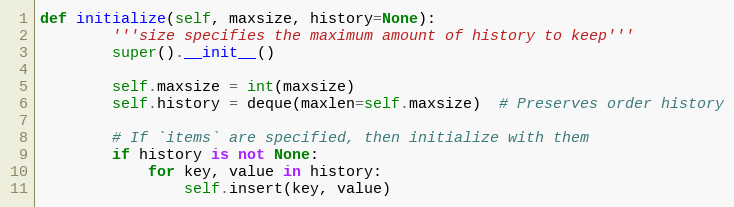
Language: Python
def initialize(self, maxsize, history=None):
        '''size specifies the maximum amount of history to keep'''
        super().__init__()

        self.maxsize = int(maxsize)
        self.history = deque(maxlen=self.maxsize)  # Preserves order history

        # If `items` are specified, then initialize with them
        if history is not None:
            for key, value in history:
                self.insert(key, value)